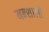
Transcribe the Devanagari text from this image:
मन्शाली